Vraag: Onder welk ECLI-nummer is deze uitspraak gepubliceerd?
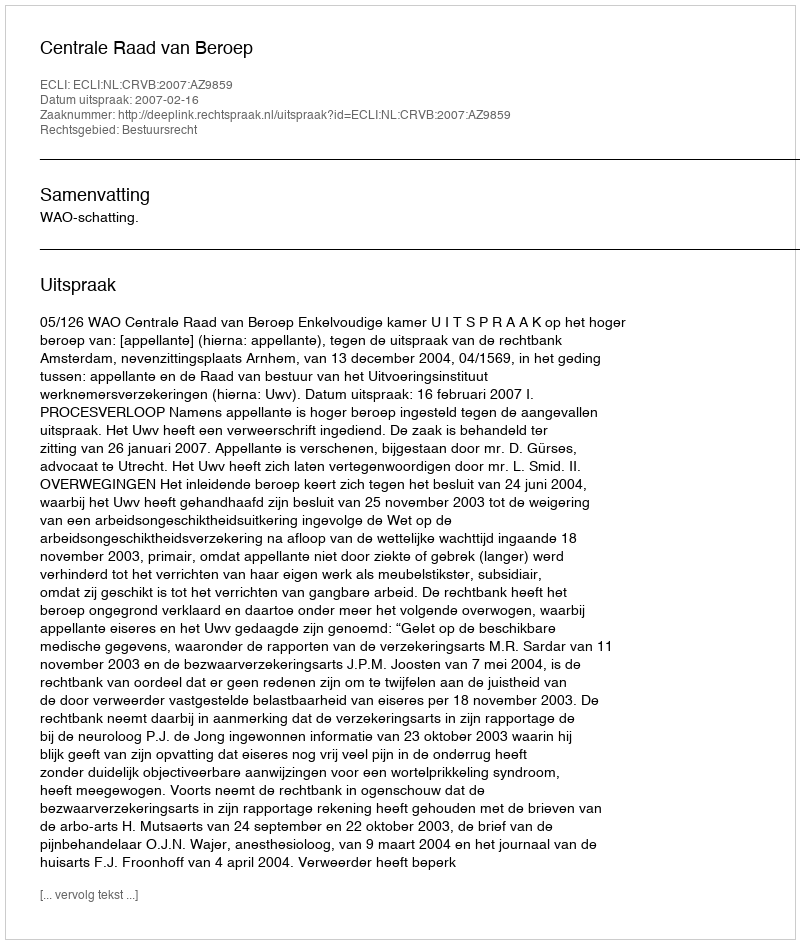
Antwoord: ECLI:NL:CRVB:2007:AZ9859